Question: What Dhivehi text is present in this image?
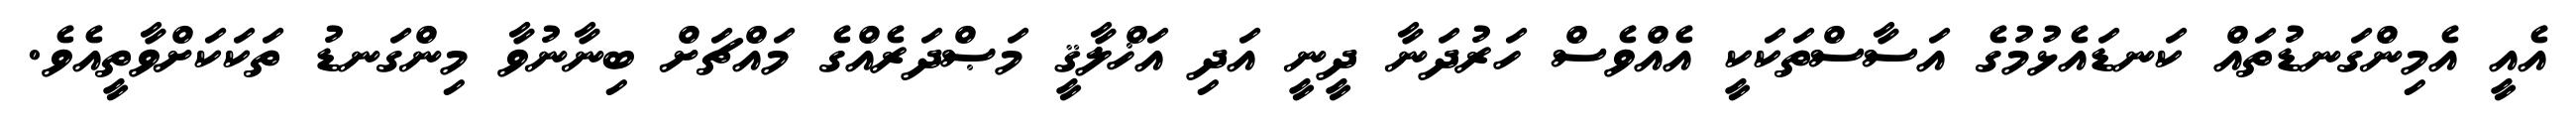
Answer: އެއީ އެމިންގަނޑުތައް ކަނޑައެޅުމުގެ އަސާސްތަކަކީ އެއްވެސް ހަރުދަނާ ދީނީ އަދި އަޚްލާޤީ މަޞްދަރެއްގެ މައްޗަށް ބިނާނުވާ މިންގަނޑު ތަކަކަށްވާތީއެވެ.